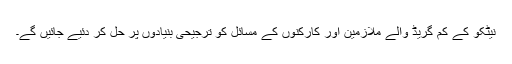
نیٹکو کے کم گریڈ والے ملازمین اور کارکنوں کے مسائل کو ترجیحی بنیادوں پر حل کر دئیے جائیں گے۔